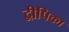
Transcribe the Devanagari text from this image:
द्वीपिका